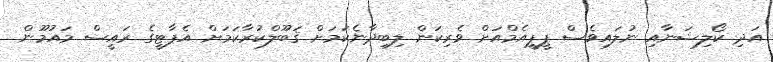
އަދި ކޯލިޝަނާއި ނުލައިވެސް ޕީޕީއެމްއަށް ވެރިކަން ލިބިދާނެކަމަށް ޤަބޫލްކުރާކަމަށް އެޕާޓީގެ ރައީސް މައުމޫން